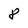
Character: 8